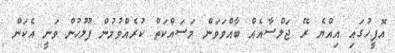
އޮފީހުގައި އިއްޔެ ރޭ ޖަލްސާއެއް ބާއްވަވަން މަސައްކަތް ކުރެއްވުމުން ފުލުހުން ވަނީ އެކަން